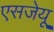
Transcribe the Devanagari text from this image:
एसजेयू